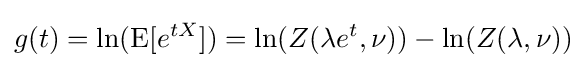
g(t)=\ln(\operatorname {E} [e^{tX}])=\ln(Z(\lambda e^{t},\nu ))-\ln(Z(\lambda ,\nu ))